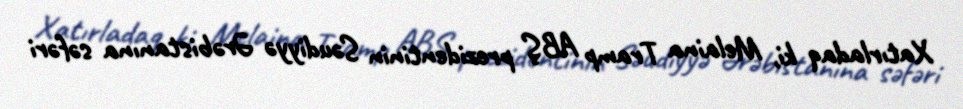
Xatırladaq ki, Melaina Tramp ABŞ prezidentinin Səudiyyə Ərəbistanına səfəri